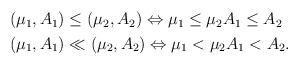
LaTeX: \begin{align*} \begin{aligned} &(\mu _1, A_1) \le (\mu _2, A_2) \Leftrightarrow \mu _1 \le \mu _2 A _1 \le A _2 \\& (\mu _1, A_1) \ll (\mu _2, A_2) \Leftrightarrow \mu _1 < \mu _2 A _1 < A _2.\end{aligned}\end{align*}